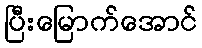
ပြီးမြောက်အောင်